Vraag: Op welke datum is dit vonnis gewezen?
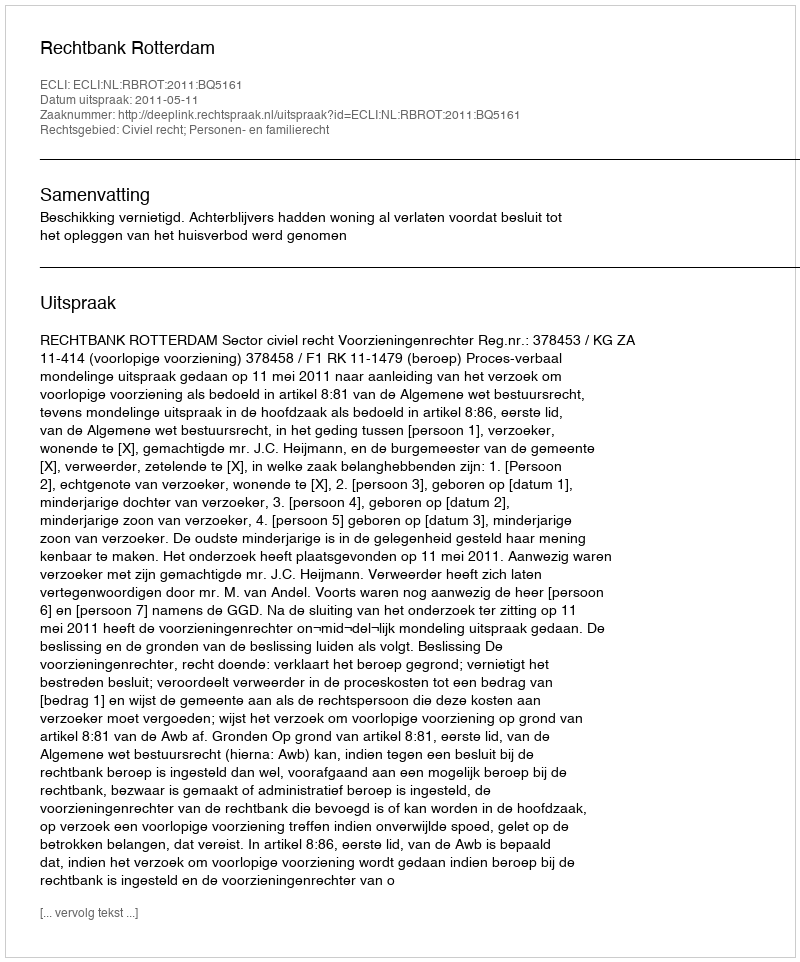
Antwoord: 2011-05-11